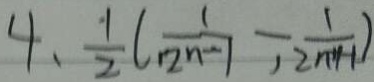
4 , \frac { 1 } { 2 } ( \frac { 1 } { 1 2 n - 1 } - \frac { 1 } { 1 2 n + 1 - 1 } )